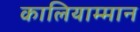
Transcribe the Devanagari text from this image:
कालियाम्मान